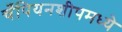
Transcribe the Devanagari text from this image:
चँपियनशीपमध्ये